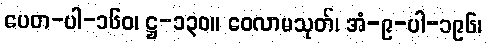
ပေတ-ပါ-၁၆၀၊ ဋ္ဌ-၁၃၀။ ဝေလာမသုတ်၊ အံ-၉-ပါ-၁၉၆၊